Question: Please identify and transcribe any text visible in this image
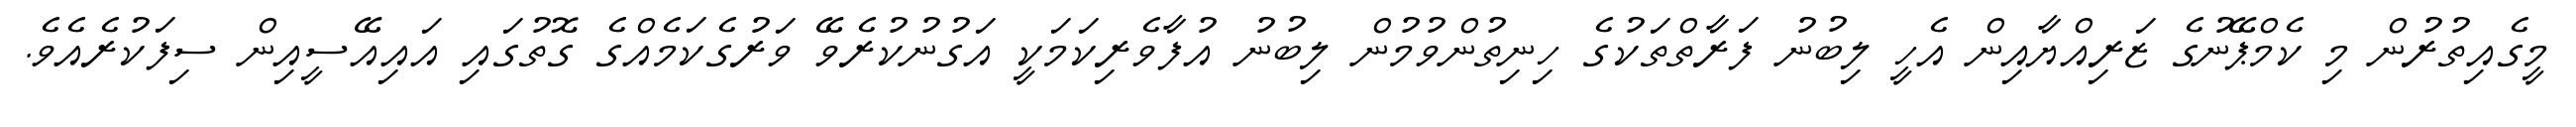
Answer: މީގެއިތުރުން މި ކެމްޕޭނުގެ ޒަރިއްޔާއިން އެހީ ލިބުނު ފަރާތްތަކުގެ ހިނިތުންވުމުން ލިބުނު އުފާވެރިކަމަކީ އަގުނުކުރެވޭ ވަރުގެކަމެއްގެ ގޮތުގައި އައިއޭސީއިން ސިފަކުރެއެވެ.